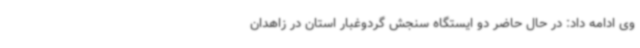
وی ادامه داد: در حال حاضر دو ایستگاه سنجش گردوغبار استان در زاهدان